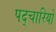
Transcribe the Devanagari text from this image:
पद्चारियों